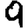
Digit: 9